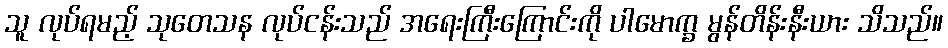
သူ လုပ်ရမည့် သုတေသန လုပ်ငန်းသည် အရေးကြီးကြောင်းကို ပါမောက္ခ မွန်တိန်းနီးယား သိသည်။